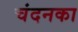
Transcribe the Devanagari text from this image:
चंदनका